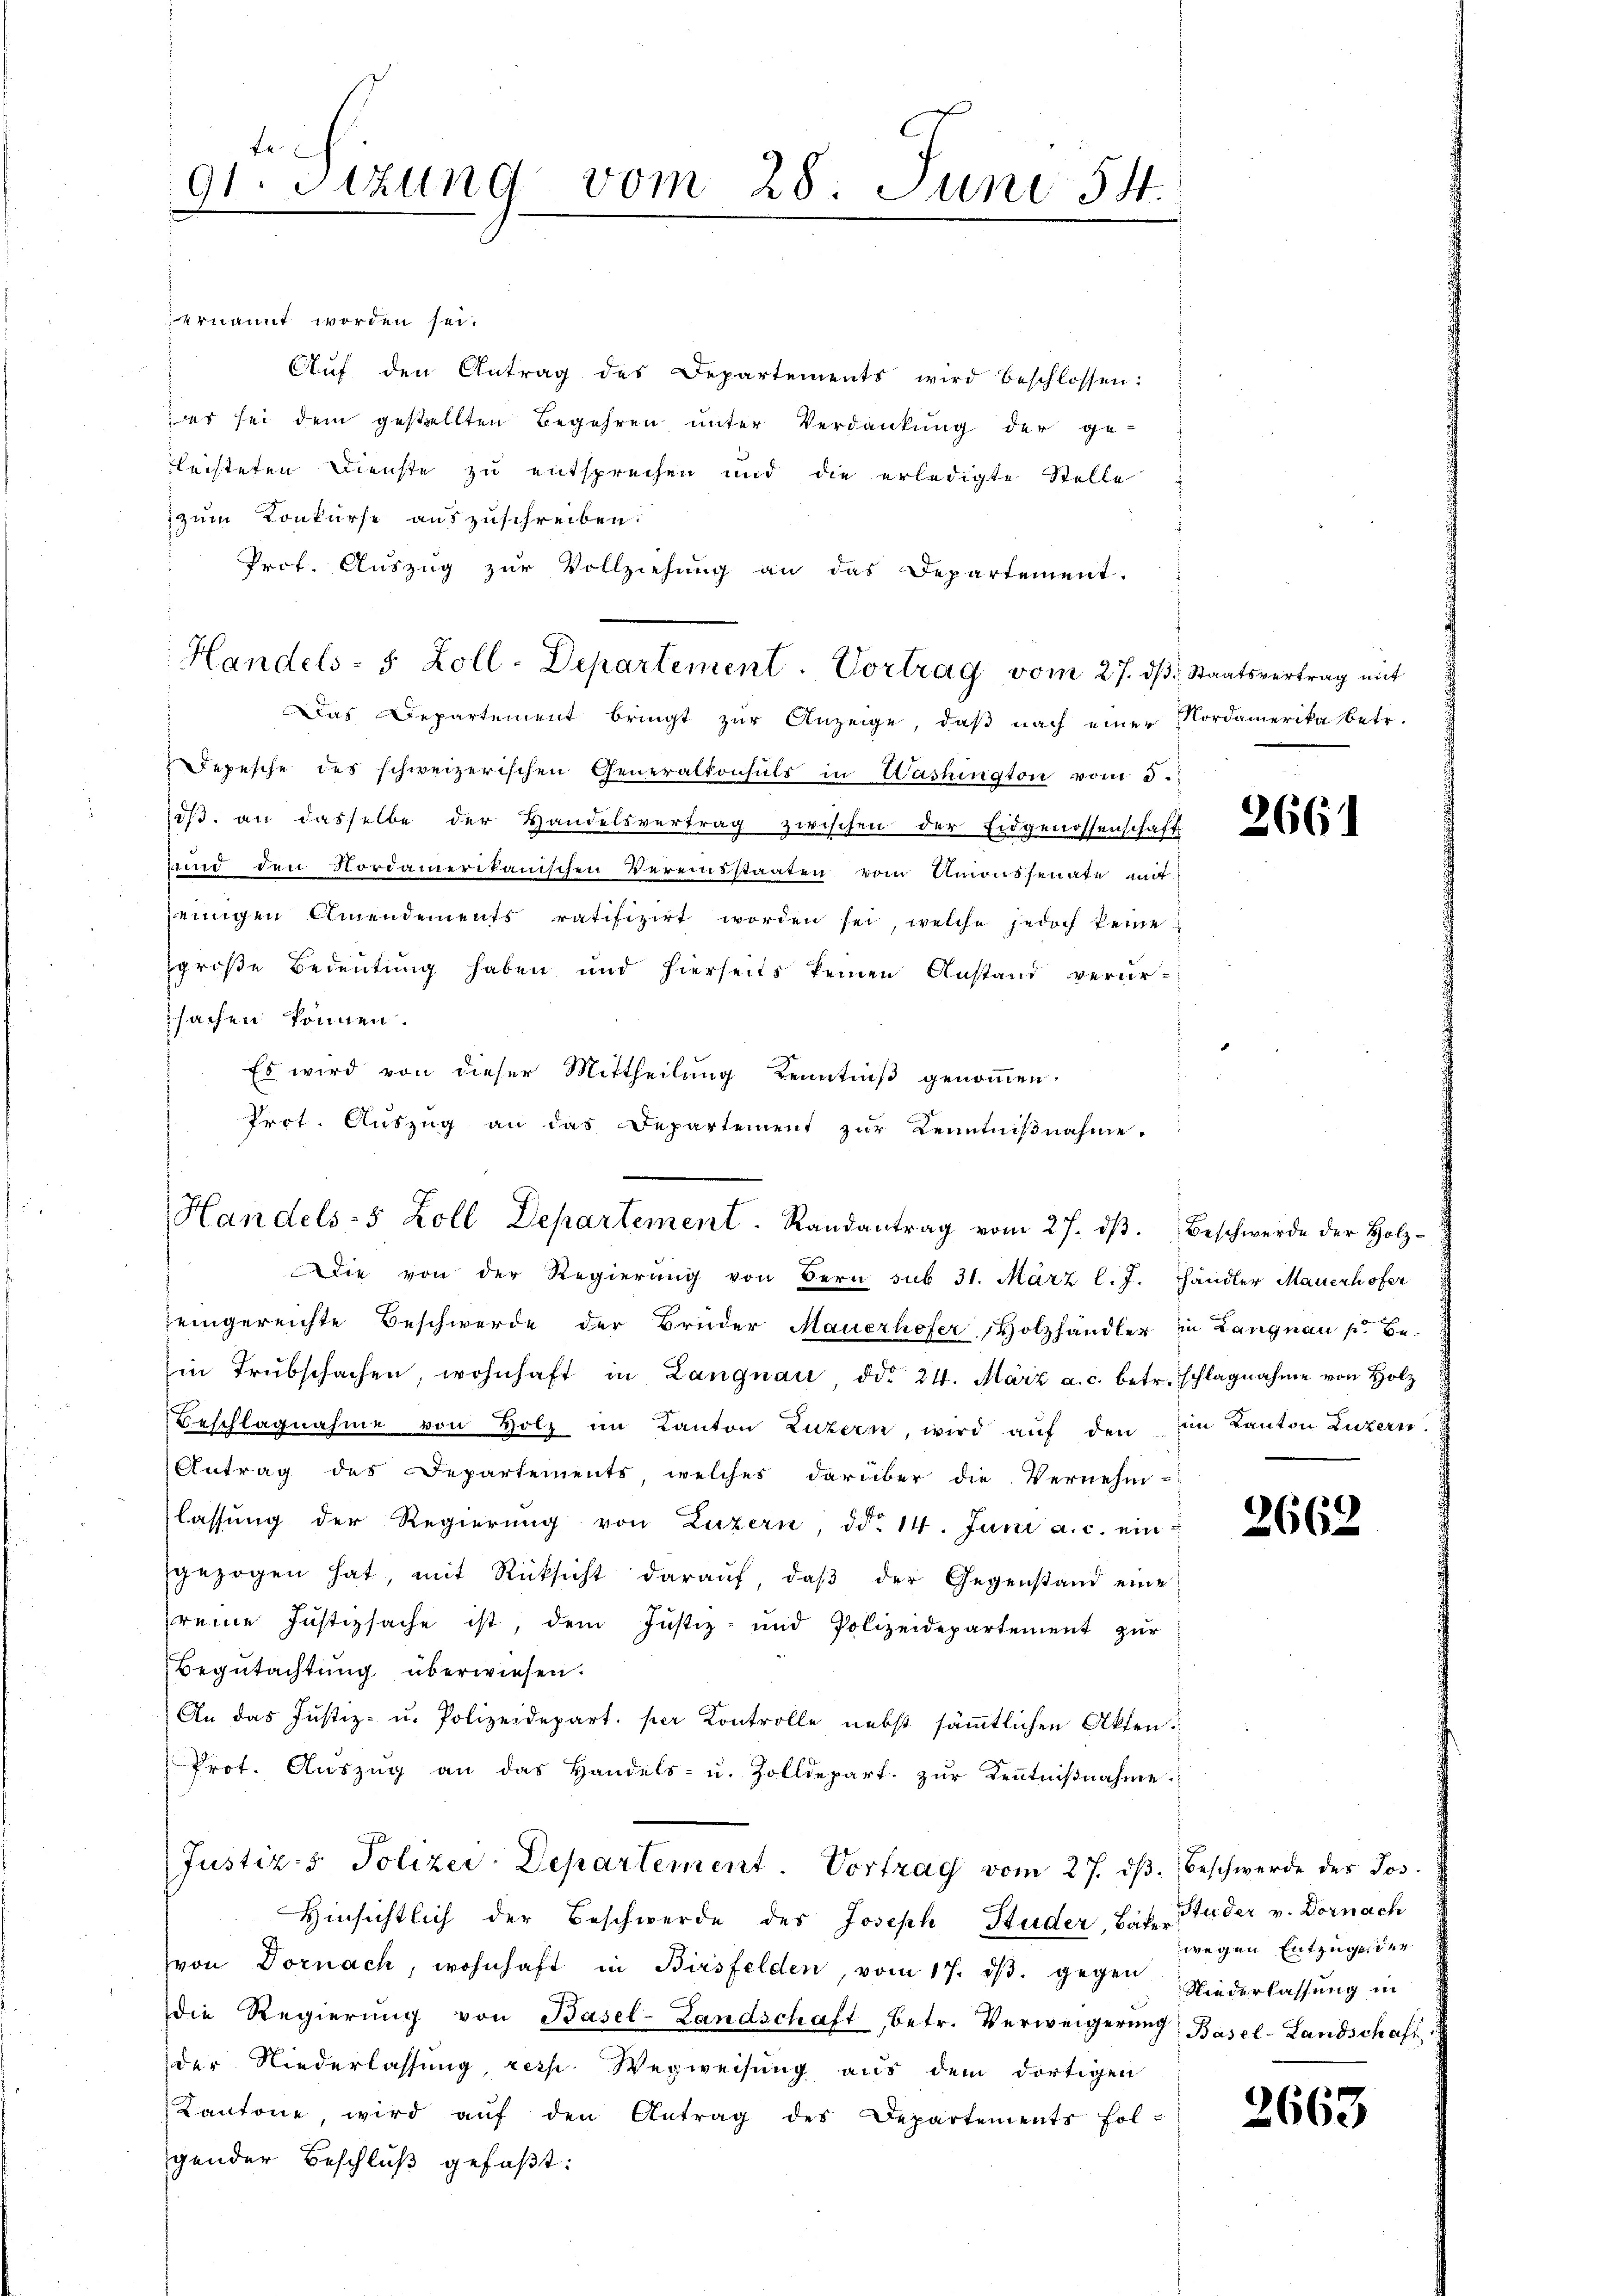
91. Sitzung vom 28. Juni 54.

ernannt worden sei.
Aŭf den Antrag des Departements wird beschlossen:
es sei dem gestellten Begehren unter Verdankung der ge-
leisteten Dienste zu entsprechen und die erledigte Stelle
zum Konkurse auszuschreiben.
Prof. Auszug zur Vollziehung an das Departement.
Handels- 5 Zoll-Departement. Vortrag vom 27. dβ, Staatsvertrag mit
Das Departement bringt zur Anzeige, daß nach einer Nordamerika betr.
Depesche des schweizerischen Generaltonsuls in Washington vom 5.
iβ. an dasselbe der Handelsvertrag zwischen der Eidgenossenschaft
und den Nordamerikanischen Vereinsstaaten vom Unionssenate auf
jeinigen Amendements ratifizirt worden sei, welche jedoch keine
große Bedeutung haben und hierseits keinen Anstand verursachen können.
Es wird von dieser Mittheilung Kenntniß genommen.
Prot. Auszug an das Departement zur Kenntnißnahme.

Handels- 5 Zoll Departement. Randantrag vom 27. dβ.

Die von der Regierŭng von Bern sub 31. März l. J. Händler Mauerhofer
eingereichte Beschwerde der Brüder Mauerhofer, Holzhändler in Langnau pr Be-
Ein Trübschachen, wohnhaft in Langnau, ddo 24. März a. c. betr. schlagnahme von Holz
Beschlagnahme von Holz im Kanton Luzern, wird auf den ein Kanton Luzern.
Antrag des Departements, welches darüber die Vernehm-
lassŭng der Regierŭng von Luzern, ddo. 14. Juni a.c. ein
gezogen hat, mit Rücksicht daraŭf, daβ der Gegenstand eine
reine Justizsache ist, dem Justiz- und Polizeidepartement zur
Begutachtung überwiesen.
An das Justiz- u. Polizeidepart per Kontrolle nebst sämmtlichen Akten.
Prot. Aŭszŭg an das Handels- u. Zolldepart. zŭr Kenntniβnahme
Justiz- & Polizei-Departement. Vortrag vom 27. dβ. Beschwerde des Jos.
Hinsichtlich der Beschwerde des Joseph Studer, Bäte Studer v. Dornach
von Dornach, wohnhaft in Birsfelden, vom 17. dβ. gegen
die Regierŭng von Basel-Landschaft, betr. Verweigerŭng Basel-Landschaft
der Niederlassung, resp. Wegweisung aus dem dortigen
Kantone, wird aŭf den Antrag des Departements fol-
gender Beschluß gefaßt:

2661

Beschwerde der Holz¬

2662

wegen Entzugender
Niederlassung in

2663